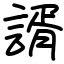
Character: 諝